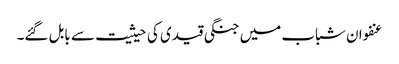
عنفوان شباب میں جنگی قیدی کی حیثیت سے بابل گئے۔